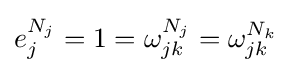
e_{j}^{N_{j}}=1=\omega _{jk}^{N_{j}}=\omega _{jk}^{N_{k}}